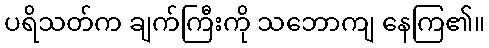
ပရိသတ်က ချက်ကြီးကို သဘောကျ နေကြ၏။